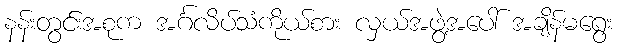
နန်းတွင်းအစုက အင်္ဂလိပ်သံကိုယ်စား လှယ်အဖွဲ့အပေါ် အချိန်မရွေး